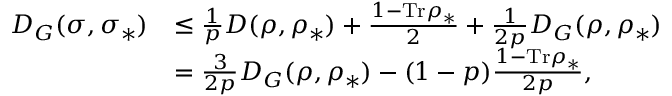
\begin{array} { r l } { D _ { G } ( \sigma , \sigma _ { \ast } ) } & { \leq \frac { 1 } { p } D ( \rho , \rho _ { \ast } ) + \frac { 1 - \mathrm { T r } \rho _ { \ast } } { 2 } + \frac { 1 } { 2 p } D _ { G } ( \rho , \rho _ { \ast } ) } \\ & { = \frac { 3 } { 2 p } D _ { G } ( \rho , \rho _ { \ast } ) - ( 1 - p ) \frac { 1 - \mathrm { T r } \rho _ { \ast } } { 2 p } , } \end{array}